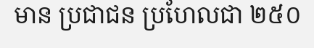
មាន ប្រជាជន ប្រហែលជា ២៥០